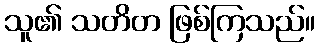
သူ၏ သတိတ ဖြစ်ကြသည်။